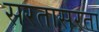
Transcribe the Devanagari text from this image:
सरतासरता